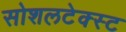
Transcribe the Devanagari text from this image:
सोशलटेक्स्ट